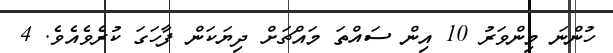
ހުންނަ މިންވަރު 10 އިން ސައްތަ މައްޗަށް ދިޔަކަން ފާހަގަ ކުރެވެއެވެ. 4